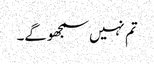
تم نہیں سمجھوگے۔